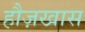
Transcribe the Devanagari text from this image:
हौज़खास